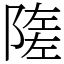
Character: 隓